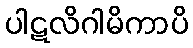
ပါဋလိဂါမိကာပိ